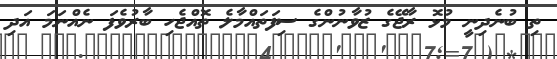
ތި ބުނެދިނީ މުޅޮ ރާޖޭގެ ޒުވާނުންގެ ސިފަތައްމާލެ ތޮއްޖެހި ބާރުވެފަ ނެއްނަމަ އަދި